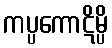
ကပ္ပကောဋိမ္ပိ